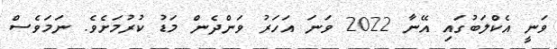
ވަނީ އެކްލަބުގައި އޭނާ 2022 ވަނަ އަހަރު ވަންދެން މަޑު ކުރުމަށެވެ. ނަމަވެސް